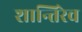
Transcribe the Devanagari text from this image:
शान्तिरेव